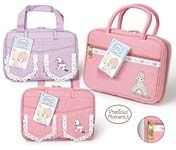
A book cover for Precious Moments Pink Lamb Bible Cover; Precious Moments; Christian Books & Bibles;